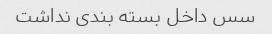
سس داخل بسته بندی نداشت